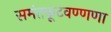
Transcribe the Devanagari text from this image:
समंतकूटवण्णणा